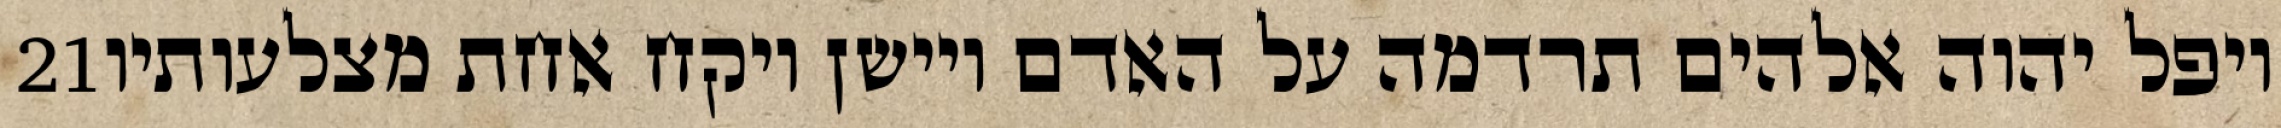
‎21‏ ויפל יהוה אלהים תרדמה על האדם ויישן ויקח אחת מצלעותיו